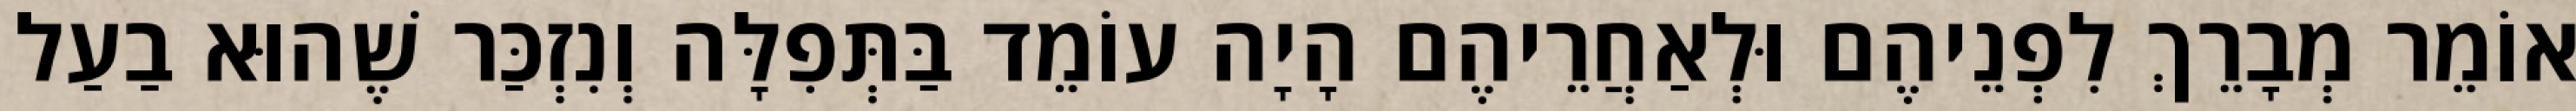
אוֹמֵר מְבָרֵךְ לִפְנֵיהֶם וּלְאַחֲרֵיהֶם הָיָה עוֹמֵד בַּתְּפִלָּה וְנִזְכַּר שֶׁהוּא בַעַל